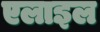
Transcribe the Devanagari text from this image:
एलाइल